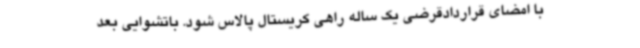
با امضای قراردادقرضی یک ساله راهی کریستال پالاس شود. باتشوایی بعد